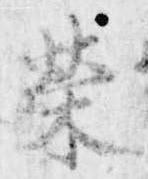
栄